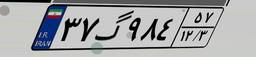
۳۷گ۹۸۴۵۷